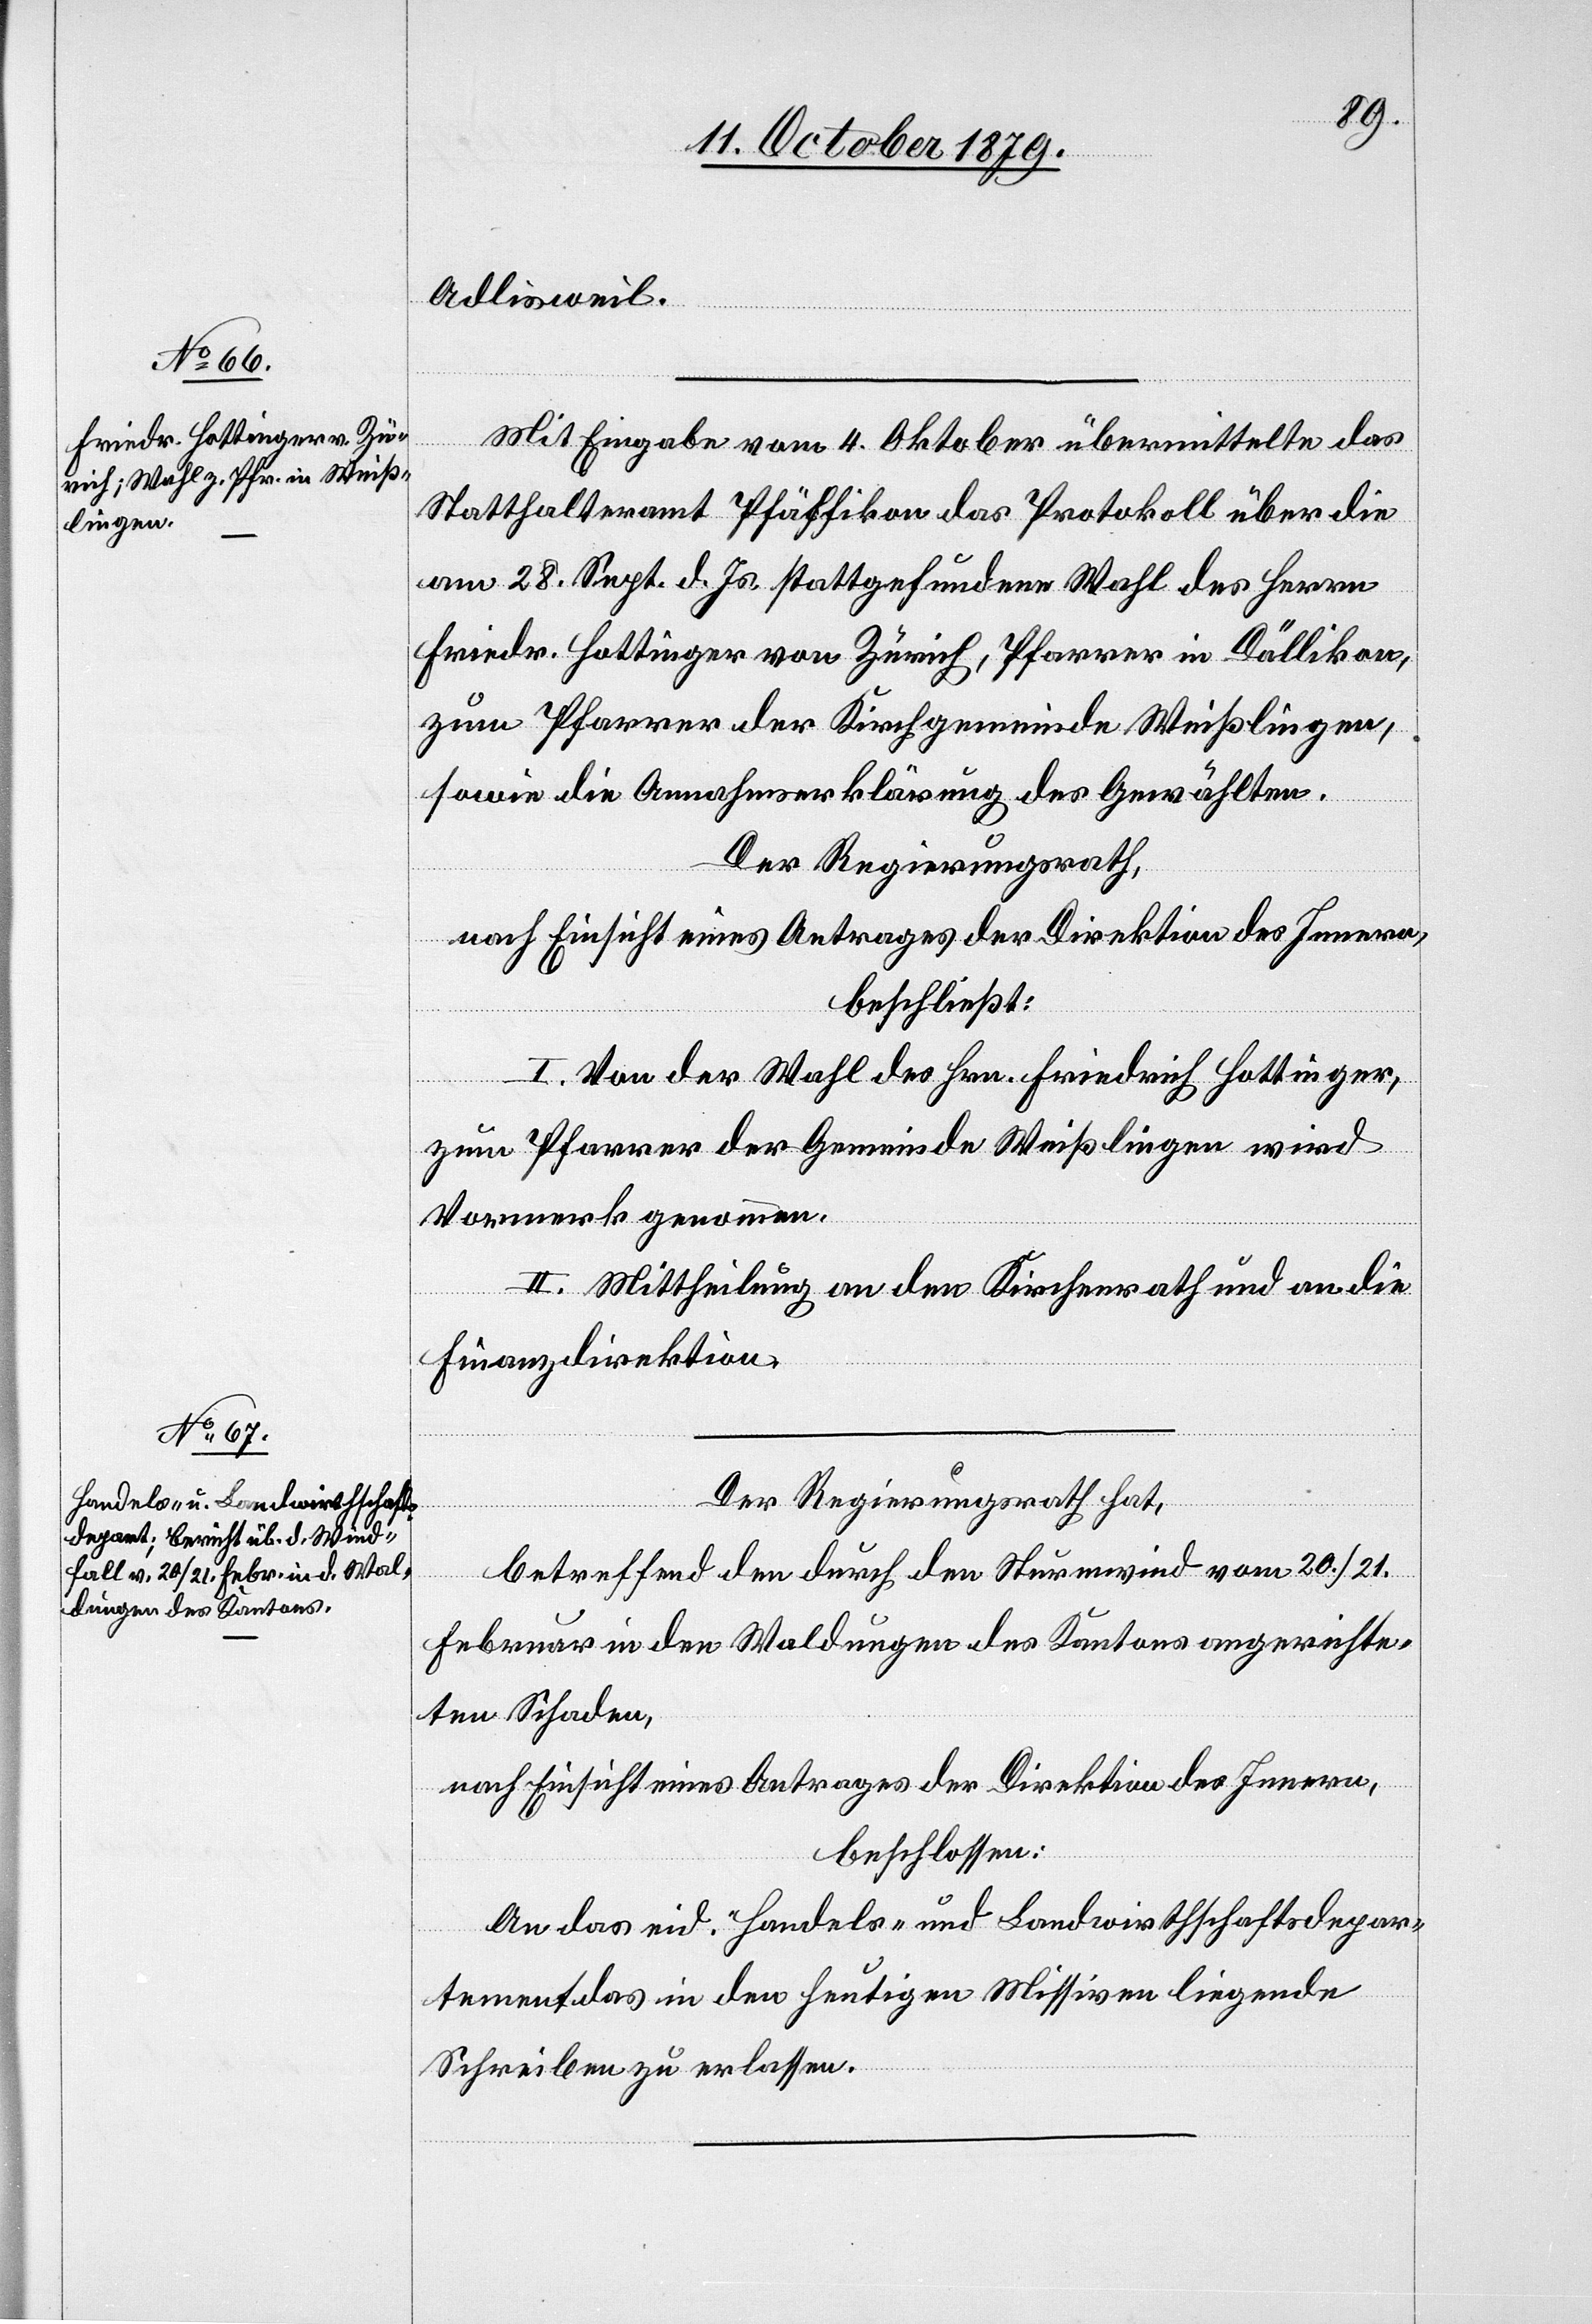
Adlisweil.[“]
Mit Eingabe vom 4. Oktober übermittelte das
Statthalteramt Pfäffikon das Protokoll über die
am 28. Sept. d. Js. stattgefundene Wahl des Herrn
Friedr. Hottinger von Zürich, Pfarrer in Dällikon,
zum Pfarrer der Kirchgemeinde Weißlingen,
sowie die Annahmserklärung des Gewählten.
Der Regierungsrath,
nach Einsicht eines Antrages der Direktion des Innern,
beschließt:
I. Von der Wahl des Hrn. Friedrich Hottinger,
zum Pfarrer der Gemeinde Weißlingen wird
Vormerk genommen.
II. Mittheilung an den Kirchenrath und an die
Finanzdirektion.
Der Regierungsrath hat,
betreffend den durch den Sturmwind vom 20./21.
Februar in den Waldungen des Kantons angerichte¬
ten Schaden,
nach Einsicht eines Antrages der Direktion des Innern,
beschlossen:
An das eid. Handels- und Landwirthschaftsdepar¬
tement das in den heutigen Missiven liegende
Schreiben zu erlassen.